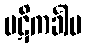
ပဋိကင်္ခါမ